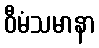
ဝီမံသမာနာ